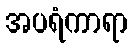
အပရံကာရာ